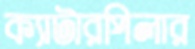
ক্যাটারপিলার